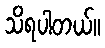
သိရပါတယ်။